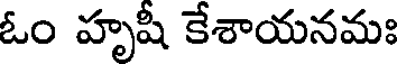
ఓం హృషీ కేశాయనమః